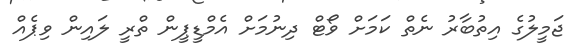
ޖަމީލުުގެ އިތުބާރު ނެތް ކަމަށް ވޯޓް ދިނުމަށް އެމްޑީޕީން ތްރީ ލައިން ވިޕެއް